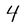
Character: 4